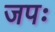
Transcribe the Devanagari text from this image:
जपः